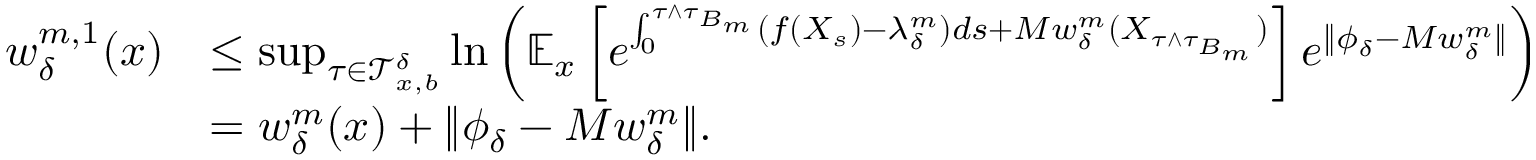
\begin{array} { r l } { w _ { \delta } ^ { m , 1 } ( x ) } & { \leq \operatorname* { s u p } _ { \tau \in \mathcal { T } _ { x , b } ^ { \delta } } \ln \left( \mathbb { E } _ { x } \left[ e ^ { \int _ { 0 } ^ { \tau \wedge \tau _ { B _ { m } } } ( f ( X _ { s } ) - \lambda _ { \delta } ^ { m } ) d s + M w _ { \delta } ^ { m } ( X _ { \tau \wedge \tau _ { B _ { m } } } ) } \right] e ^ { \Vert \phi _ { \delta } - M w _ { \delta } ^ { m } \Vert } \right) } \\ & { = w _ { \delta } ^ { m } ( x ) + \Vert \phi _ { \delta } - M w _ { \delta } ^ { m } \Vert . } \end{array}